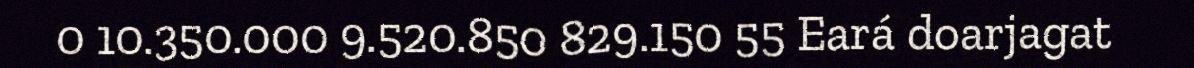
0 10.350.000 9.520.850 829.150 55 Eará doarjagat